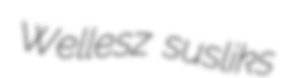
Wellesz susliks